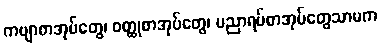
ကဗျာစာအုပ်တွေ၊ ဝတ္ထုစာအုပ်တွေ၊ ပညာရပ်စာအုပ်တွေသာမက